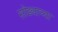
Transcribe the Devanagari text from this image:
सोड्याच्या